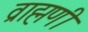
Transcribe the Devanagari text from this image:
व्राह्मणी